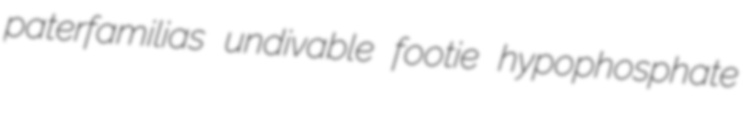
paterfamilias undivable footie hypophosphate